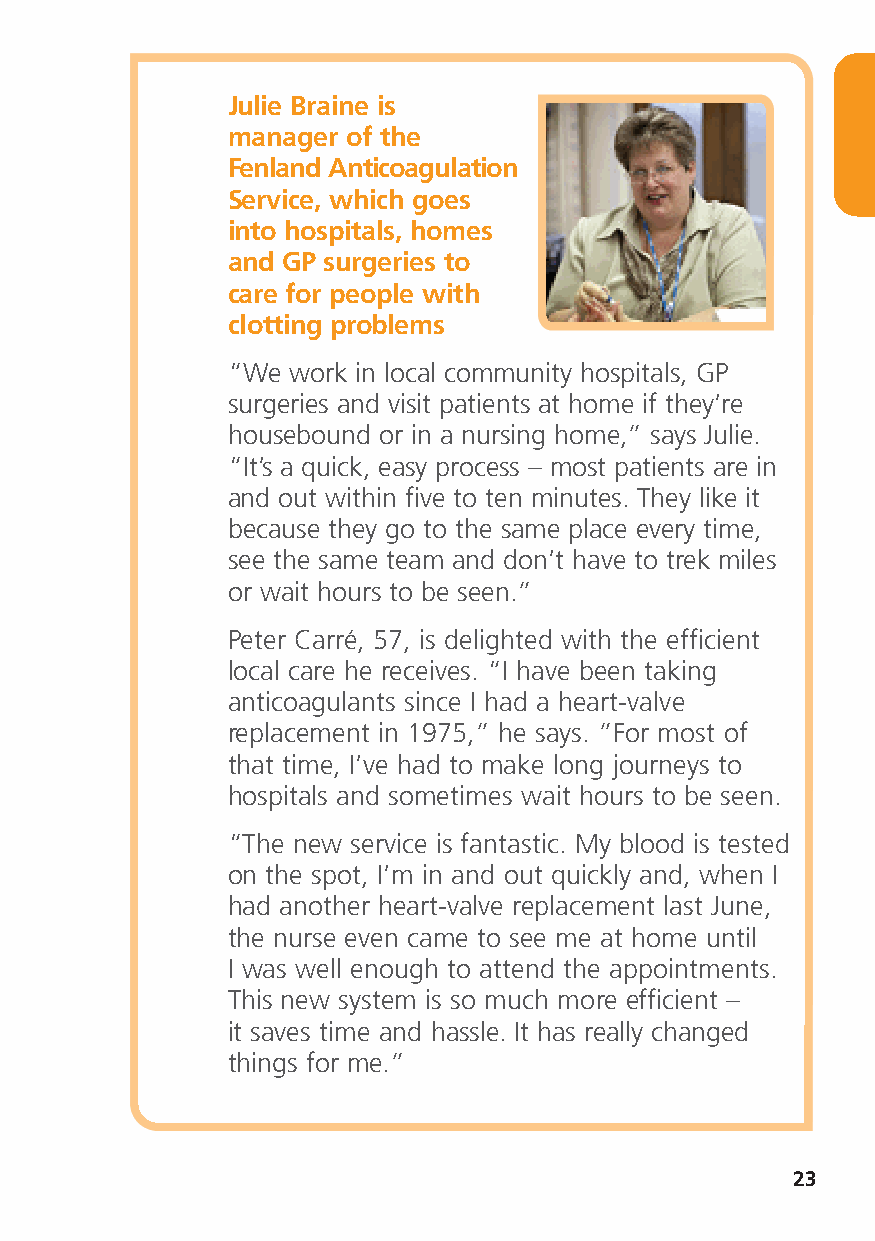
Julie Braine is
 manager of the
 Fenland Anticoagulation
 Service, which goes
 into hospitals, homes
 and GP surgeries to
 care for people with
 clotting problems
 “We work in local community hospitals, GP
 surgeries and visit patients at home if they’re
 housebound or in a nursing home,” says Julie.
 “It’s a quick, easy process – most patients are in
 and out within five to ten minutes. They like it
 because they go to the same place every time,
 see the same team and don’t have to trek miles
 or wait hours to be seen.”
 Peter Carré, 57, is delighted with the efficient
 local care he receives. “I have been taking
 anticoagulants since I had a heart-valve
 replacement in 1975,” he says. ”For most of
 that time, I’ve had to make long journeys to
 hospitals and sometimes wait hours to be seen.
 “The new service is fantastic. My blood is tested
 on the spot, I’m in and out quickly and, when I
 had another heart-valve replacement last June,
 the nurse even came to see me at home until
 I was well enough to attend the appointments.
 This new system is so much more efficient –
 it saves time and hassle. It has really changed
 things for me.”
 23